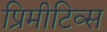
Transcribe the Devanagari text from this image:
प्रिमीटिव्स